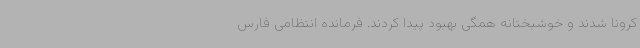
کرونا شدند و خوشبختانه همگی بهبود پیدا کردند. فرمانده انتظامی فارس